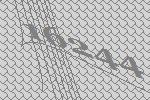
16244